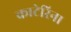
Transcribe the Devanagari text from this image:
काटेरिना